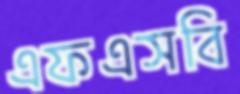
এফএসবি